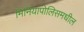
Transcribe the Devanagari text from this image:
मिनियापोलिसमधील